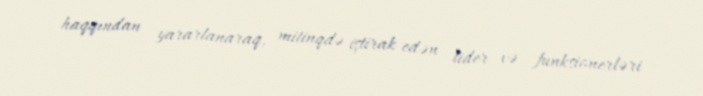
haqqından yararlanaraq, mitinqdə iştirak edən lider və funksionerləri